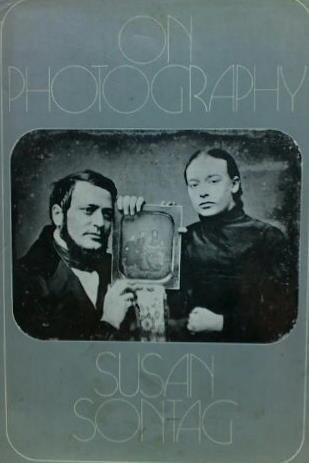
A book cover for On Photography; Susan Sontag; Arts & Photography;